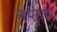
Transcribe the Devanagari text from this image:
नपेगा।